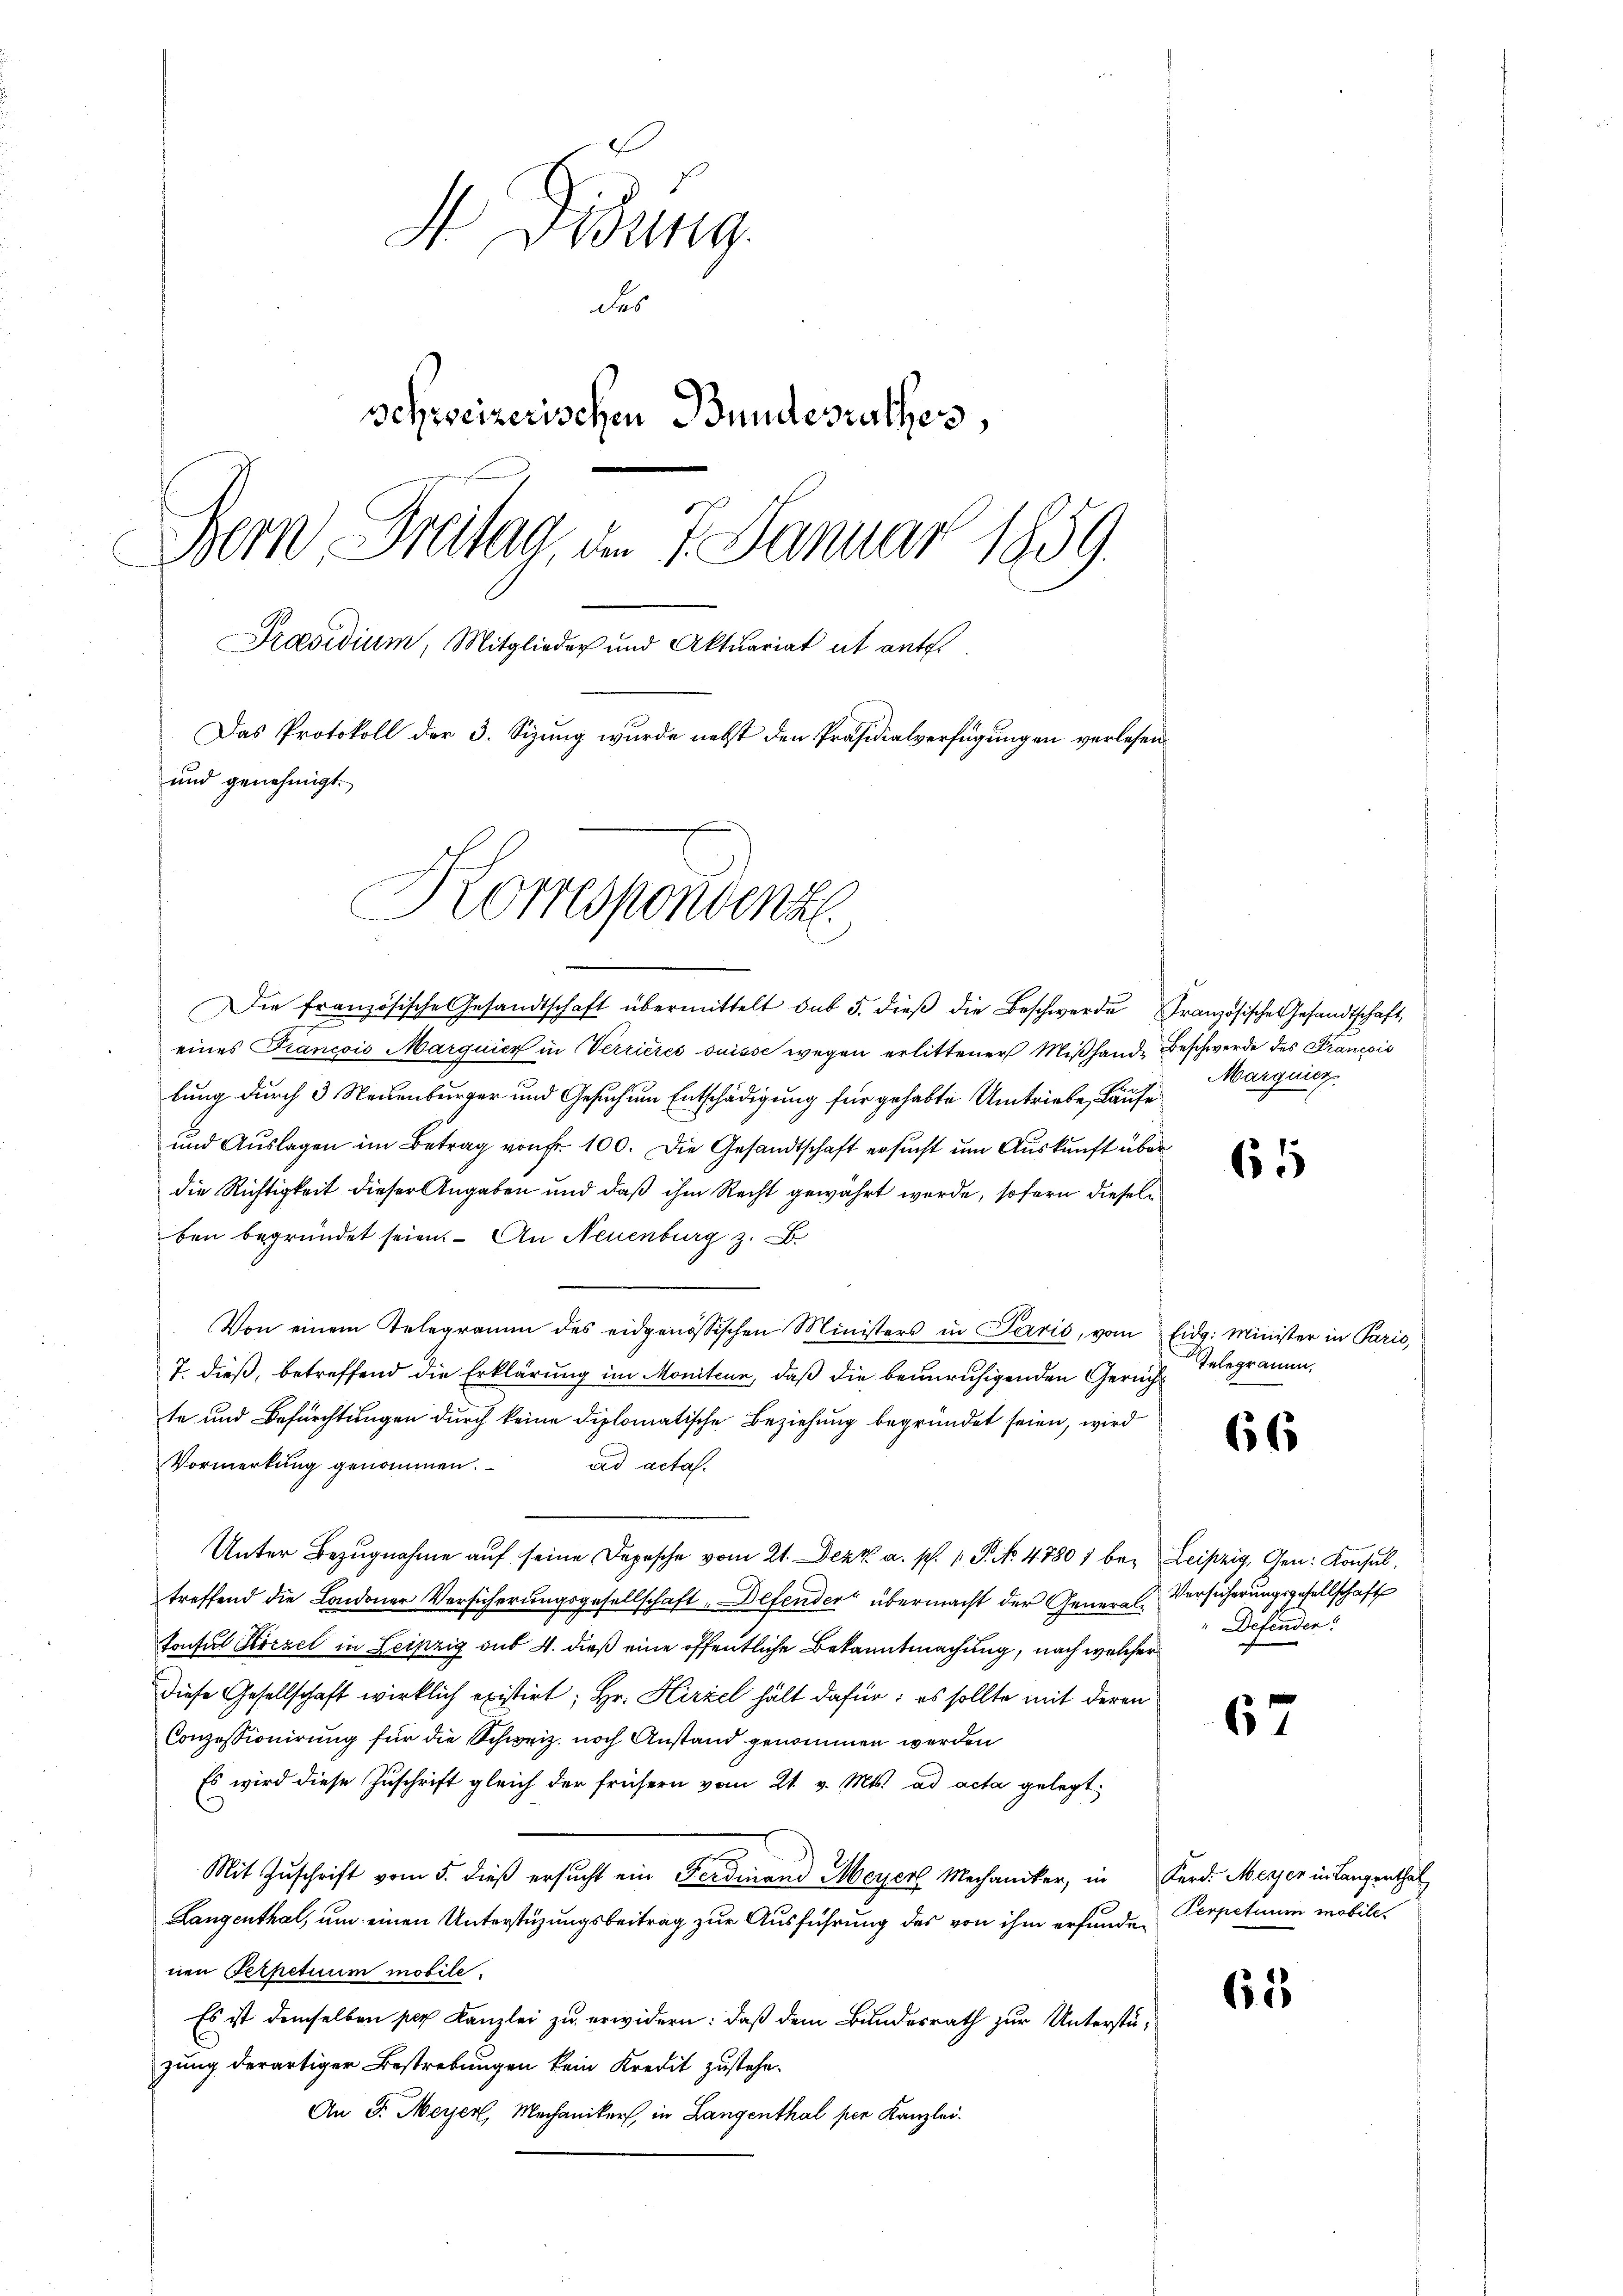
d Fidung
des
schweizerischen Bundesrathes,
Bern Freitag, am 7. Januar 1859.
Präsidium, Mitglieder und Aktuariat et antel
Das Protokoll der 3. Sizung wurde nebst den Präsidialverfügungen verlesen
und genehmigt.
Korrespondenze

eines Francois Marquier in Verrieres suisse wegen erlittener Miβhande Beschwerde des Francois
lung durch 3 Neuenburger und Gesuch um Entschädigung für gehabte Umtriebe, Laufe
und Auslagen im Betrag von Fr. 100. Die Gesandtschaft ersucht um Auskunft über
die Richtigkeit dieser Angaben und daß ihm Recht gewährt werde, sofern dieseln
ben begründet seien. – An Neuenburg z. B.
Von einem Telegramm des eidgenössischen Ministers in Paris, vom Eidg. Minister in Pari
7. dieß, betreffend die Erklärung im Moniten, daß die beunruhigenden Gericht
te und Befürchtungen durch keine diplomatische Beziehung begründet seien, wird
Vormerkung genommen. ad acta.
Unter Bezugnahme aŭf seine Depesche vom 21. Dezk a. p. 1. P. No. 47807 bei Leipzig, Gen. Konsul,
treffend die Londoner Versicherungsgesellschaft „Defender übermacht der General-Versicherungsgesellschaft
Tonsul Hirzel in Leipzig sub 4. dieß eine öffentliche Bekanntmachung, nach welcher
Diese Gesellschaft wirklich existirt; Hr. Hirzel hält dafür: es sollte mit deren
Conzessionirung für die Schweiz. noch Anstand genommen werden
Es wird diese Zuschrift gleich der frühern vom 21. v. Mts. ad acta gelegt,
Mit Zuschrift vom 5. dieß ersucht ein Ferdinand Meyer Mechaniker, in Kerd. Meyer in Langentha
Langenthal, um einen Unterstüzungsbeitrag zur Ausführung des von ihm erfunden Perpetuum mobile,
nen Terpetuum mobile.
Es ist demselben per Kanzlei zu erwidern: daß dem Bundesrath zur Unterstüzung derartiger Bestrebungen kein Kredit zustehe.
An F. Meyer, Mechaniker, in Langenthal per Kanzlei.

Die französische Gesandtschaft übermittelt sub 5. dieβ die Beschwerde Französische Gesandtschaft

Marquier

61

Telegramm.

66

Defenden.

67

615